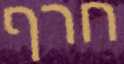
חרף